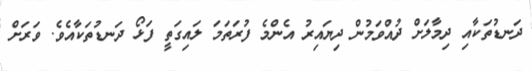
ދަނޑުތަކާއި ދިމާލަށް ދުއްވަމުން ދިޔައިރު އެންމެ ފުރަތަމަ ލައިގަތީ ފަޅޯ ދަނޑުތަކާއެވެ. ވަރަށް